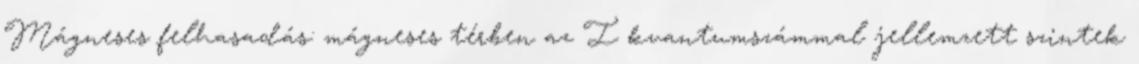
Mágneses felhasadás: mágneses térben az I kvantumszámmal jellemzett szintek